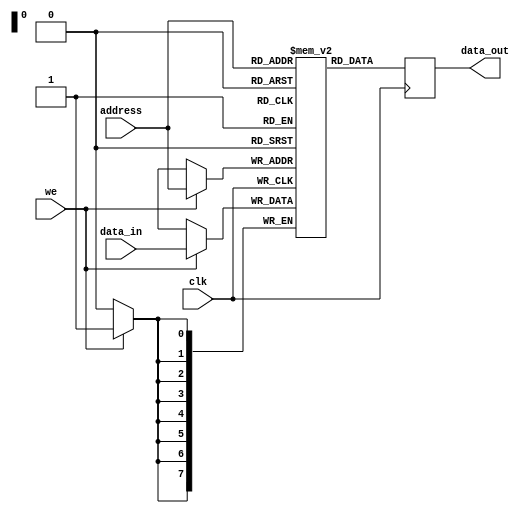
module MRAM (
    input wire clk,            // Clock signal
    input wire we,             // Write enable signal
    input wire [7:0] data_in,  // Data input
    input wire [7:0] address,  // Address input
    output reg [7:0] data_out  // Data output
);

reg [7:0] memory [0:255];     // Array to store the memory blocks

always @(posedge clk) begin
    if (we) begin
        memory[address] <= data_in;
    end
    data_out <= memory[address];
end

endmodule